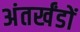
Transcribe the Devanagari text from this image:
अंतर्खंडों